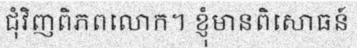
ជុំវិញពិភពលោក។ ខ្ញុំមានពិសោធន៍